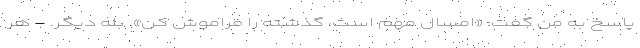
پاسخ به من گفت: «امسال مهم است، گذشته را فراموش کن». بله دیگر. - هر